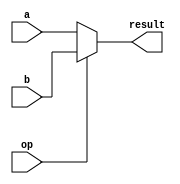
module Mux32Bit2To1(a, b, op, result);
input [31:0] a, b; 	 // 32-bit inputs
input op; 				 // one-bit selection input
output [31:0] result; // 32-bit output
reg [31:0]result;
	wire [31:0] a;
	wire [31:0] b;	  
	wire op;

always@(a,b,op)
begin
if(op==1'b0)
  begin
   result=a;
  end
 else
  begin
   result=b;
 end
 end

endmodule